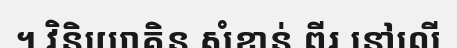
។ វិនិយោគិន សំខាន់ ពីរ នៅលើ